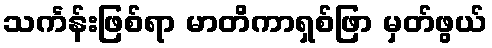
သင်္ကန်းဖြစ်ရာ မာတိကာရှစ်ဖြာ မှတ်ဖွယ်